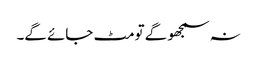
نہ سمجھو گے تو مٹ جائے گے۔